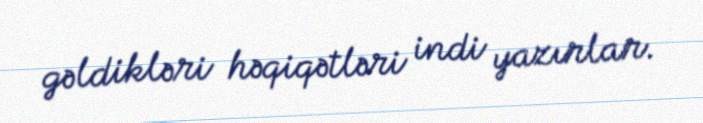
gəldikləri həqiqətləri indi yazırlar.